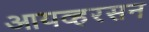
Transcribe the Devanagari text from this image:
आयव्हरसन